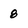
Character: 8